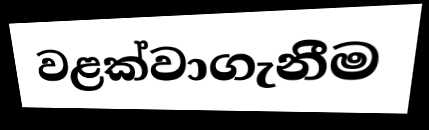
වළක්වාගැනීම